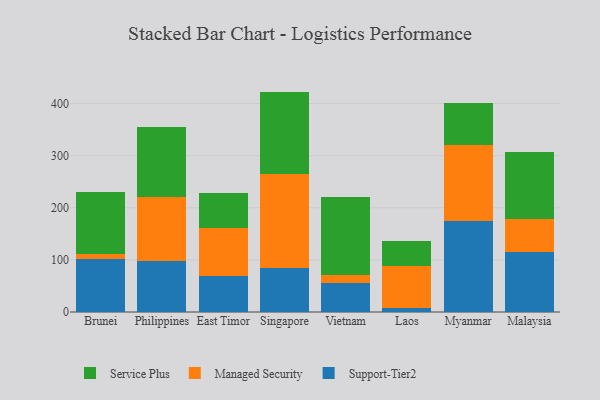
{"axis": {"x": "Country", "y": "Headcount"}, "legend": ["Managed Security", "Service Plus", "Support-Tier2"], "data": [{"x": "Brunei", "y": 101.2, "type": "Support-Tier2"}, {"x": "Brunei", "y": 10.0, "type": "Managed Security"}, {"x": "Brunei", "y": 118.7, "type": "Service Plus"}, {"x": "Philippines", "y": 97.6, "type": "Support-Tier2"}, {"x": "Philippines", "y": 122.6, "type": "Managed Security"}, {"x": "Philippines", "y": 134.6, "type": "Service Plus"}, {"x": "East Timor", "y": 68.2, "type": "Support-Tier2"}, {"x": "East Timor", "y": 93.6, "type": "Managed Security"}, {"x": "East Timor", "y": 66.6, "type": "Service Plus"}, {"x": "Singapore", "y": 85.3, "type": "Support-Tier2"}, {"x": "Singapore", "y": 179.8, "type": "Managed Security"}, {"x": "Singapore", "y": 157.8, "type": "Service Plus"}, {"x": "Vietnam", "y": 55.1, "type": "Support-Tier2"}, {"x": "Vietnam", "y": 15.1, "type": "Managed Security"}, {"x": "Vietnam", "y": 150.2, "type": "Service Plus"}, {"x": "Laos", "y": 6.9, "type": "Support-Tier2"}, {"x": "Laos", "y": 80.9, "type": "Managed Security"}, {"x": "Laos", "y": 48.5, "type": "Service Plus"}, {"x": "Myanmar", "y": 173.8, "type": "Support-Tier2"}, {"x": "Myanmar", "y": 146.0, "type": "Managed Security"}, {"x": "Myanmar", "y": 80.4, "type": "Service Plus"}, {"x": "Malaysia", "y": 115.0, "type": "Support-Tier2"}, {"x": "Malaysia", "y": 64.1, "type": "Managed Security"}, {"x": "Malaysia", "y": 128.7, "type": "Service Plus"}]}